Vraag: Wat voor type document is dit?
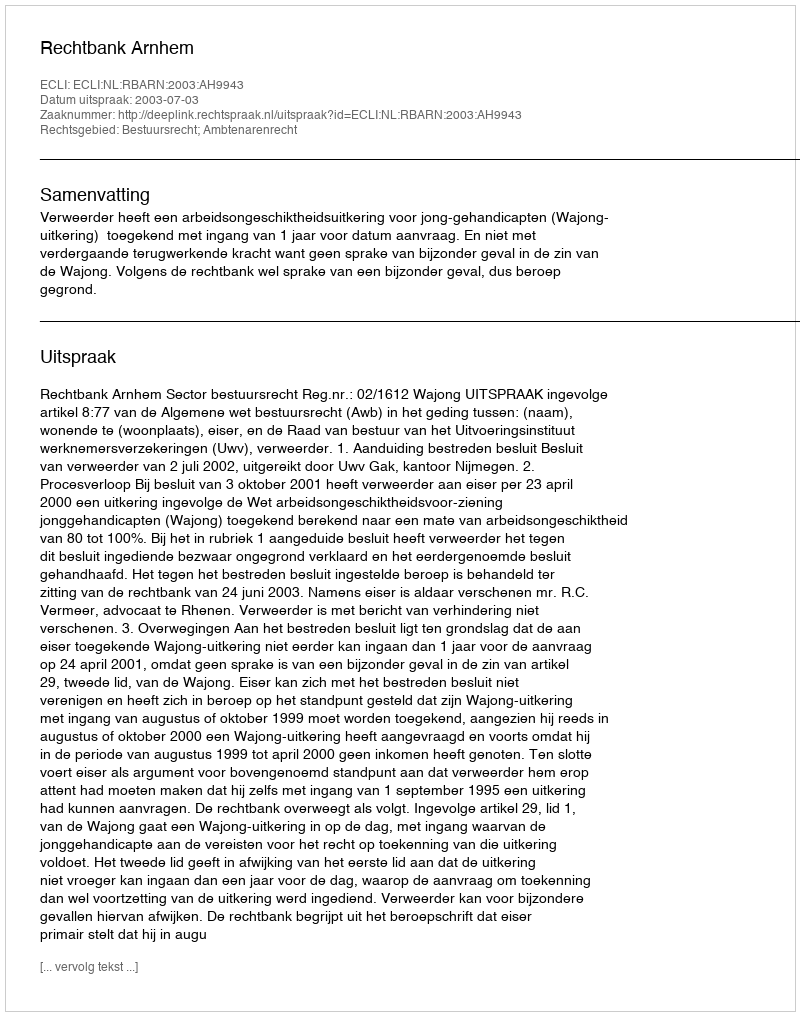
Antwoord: Uitspraak